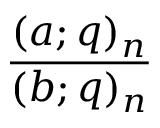
\frac { ( a ; q ) _ { n } } { ( b ; q ) _ { n } }